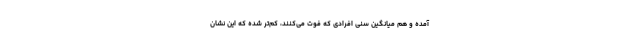
آمده و هم میانگین سنی افرادی که فوت می‌کنند، کم‌تر شده که این نشان